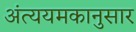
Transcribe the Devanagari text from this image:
अंत्ययमकानुसार